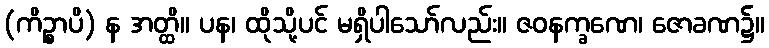
(ကိဉ္စာပိ) န အတ္ထိ။ ပန၊ ထိုသို့ပင် မရှိပါသော်လည်း။ ဇဝနက္ခဏေ၊ ဇောခဏ၌။